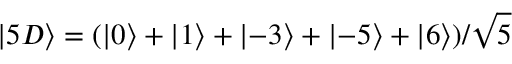
\left\lvert 5 D \right\rangle = ( \left\lvert 0 \right\rangle + \left\lvert 1 \right\rangle + \left\lvert - 3 \right\rangle + \left\lvert - 5 \right\rangle + \left\lvert 6 \right\rangle ) / \sqrt { 5 }